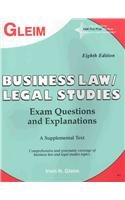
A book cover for Business Law / Legal Studies: Exam Questions and Explanations; Irvin N. Gleim; Test Preparation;